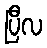
ပြီလ